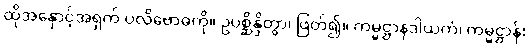
ထိုအနှောင့်အရှက် ပလိဗောဓကို။ ဥပစ္ဆိန္ဒိတွာ၊ ဖြတ်၍။ ကမ္မဋ္ဌာနဒါယကံ၊ ကမ္မဋ္ဌာန်း